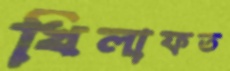
খিলাফত